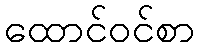
ထောင်ဝင်စာ